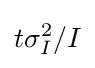
t\sigma _{I}^{2}/I